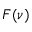
F ( \nu )